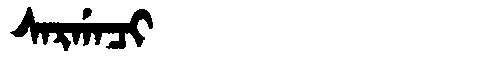
Manchu: ᠰᠠᡵᡤᠠᠴᡳ
Romanization: SARGACI